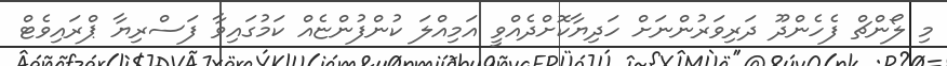
މި ލޯންޗް ފެހެންދޫ ދަރިވަރުންނަށް ހަދިޔާކޮށްދެއްވީ އަމިއްލަ ކުންފުންޏެއް ކަމުގައިވާ ފަސްރިޔާ ޕްރައިވެޓް